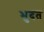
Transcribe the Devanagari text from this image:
भुदत